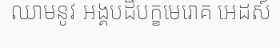
ឈាមនូវ អង្គបដិបក្ខមេរោគ អេដស៍